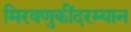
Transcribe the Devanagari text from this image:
मिरवणुकींदरम्यान